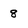
Character: 8